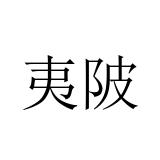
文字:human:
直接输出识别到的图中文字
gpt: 夷陂